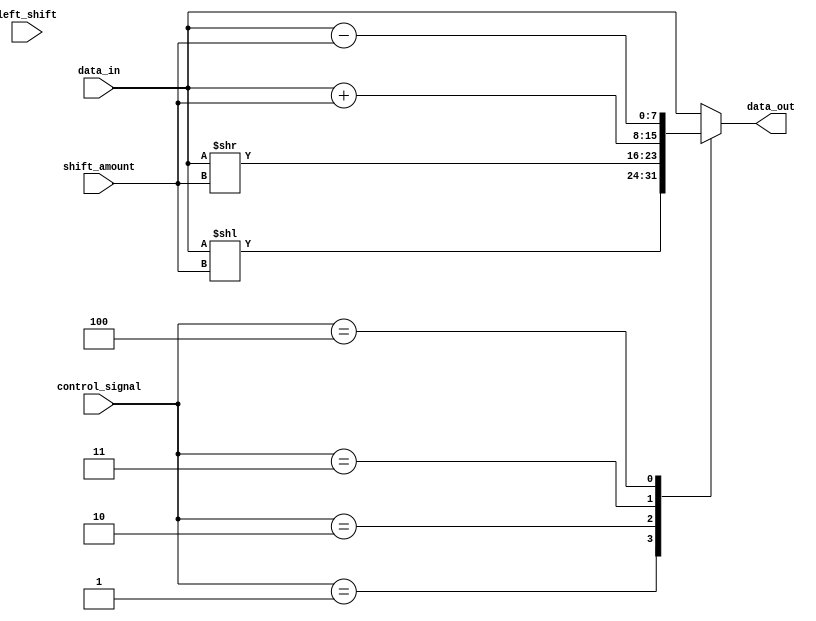
module barrel_shifter(
  input wire [7:0] data_in,
  input wire [2:0] shift_amount,
  input wire left_shift,
  input wire [3:0] control_signal,
  output reg [7:0] data_out
);

// Implementing a simple barrel shifter with shift_amount of up to 7 bits

always @* begin
  case (control_signal)
    4'b0000: data_out = data_in; // No shift
    4'b0001: data_out = data_in << shift_amount; // Perform left shift
    4'b0010: data_out = data_in >> shift_amount; // Perform right shift
    4'b0011: data_out = data_in + shift_amount; // Perform addition
    4'b0100: data_out = data_in - shift_amount; // Perform subtraction
    default: data_out = data_in;
  endcase
end

endmodule